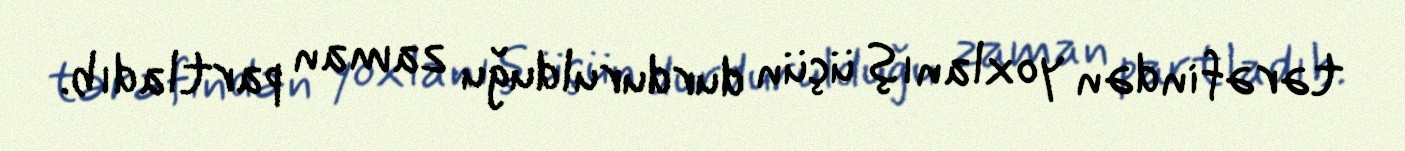
tərəfindən yoxlanış üçün durdurulduğu zaman partladıb.